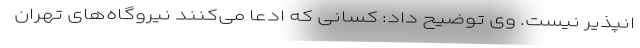
انپذیر نیست. وی توضیح داد: کسانی که ادعا می‌کنند نیروگاه‌های تهران